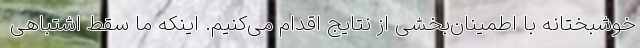
خوشبختانه با اطمینان‌بخشی از نتایج اقدام می‌کنیم. اینکه ما سقط اشتباهی